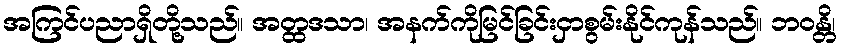
အကြင်ပညာရှိတို့သည်။ အတ္ထဒသာ၊ အနက်ကိုမြင်ခြင်းငှာစွမ်းနိုင်ကုန်သည်။ ဘဝန္တိ၊